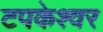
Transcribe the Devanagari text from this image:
टपकेश्‍वर